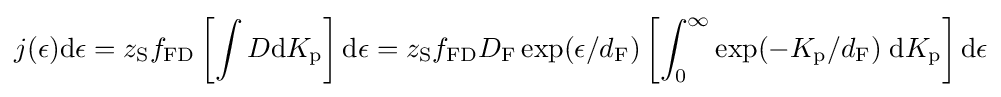
j(\epsilon )\mathrm {d} \epsilon =z_{\mathrm {S} }f_{\mathrm {FD} }\left[\int D\mathrm {d} K_{\mathrm {p} }\right]\mathrm {d} \epsilon =z_{\mathrm {S} }f_{\mathrm {FD} }D_{\mathrm {F} }\exp(\epsilon /d_{\mathrm {F} })\left[\int _{0}^{\infty }\exp(-K_{\mathrm {p} }/d_{\mathrm {F} })\;\mathrm {d} K_{\mathrm {p} }\right]\mathrm {d} \epsilon